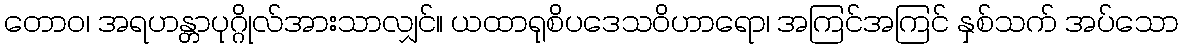
တောဝ၊ အရဟန္တာပုဂ္ဂိုလ်အားသာလျှင်။ ယထာရုစိပဒေသဝိဟာရော၊ အကြင်အကြင် နှစ်သက် အပ်သော